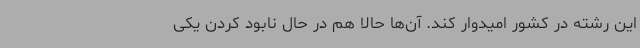
این رشته در کشور امیدوار کند. آن‌ها حالا هم در حال نابود کردن یکی